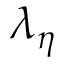
\lambda _ { \eta }